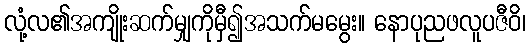
လုံ့လ၏အကျိုးဆက်မျှကိုမှီ၍အသက်မမွေး။ နောပုညဖလူပဇီဝိ၊